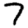
Digit: 7